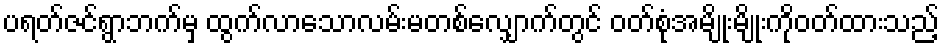
ပရတ်ဇင်ရွာဘက်မှ ထွက်လာသောလမ်းမတစ်လျှောက်တွင် ဝတ်စုံအမျိုးမျိုးကိုဝတ်ထားသည့်